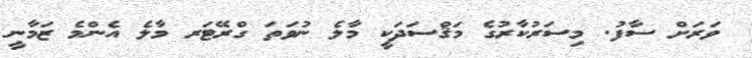
ވަރަށް ސާފު. މިސަރުކާރުގެ މަޤްސަދަކީ މާލެ ނުވަތަ ގްރޭޓަރ މާލެ އެންމެ ޒަމާނީ